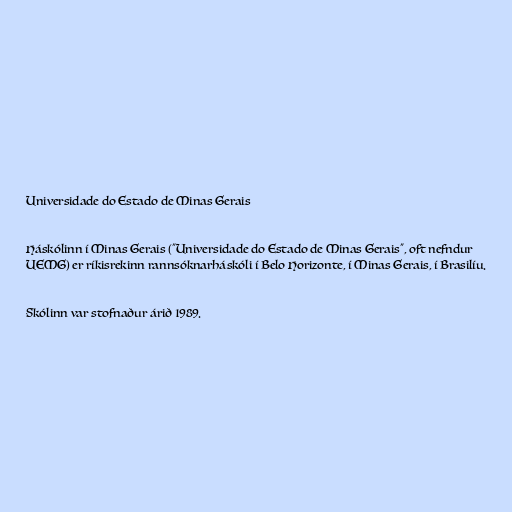
Universidade do Estado de Minas Gerais

Háskólinn í Minas Gerais ("Universidade do Estado de Minas Gerais", oft nefndur
UEMG) er ríkisrekinn rannsóknarháskóli í Belo Horizonte, í Minas Gerais, í Brasilíu.

Skólinn var stofnaður árið 1989.